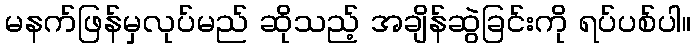
မနက်ဖြန်မှလုပ်မည် ဆိုသည့် အချိန်ဆွဲခြင်းကို ရပ်ပစ်ပါ။